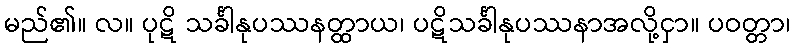
မည်၏။ လ။ ပုဋိ သင်္ခါနုပဿနတ္ထာယ၊ ပဋိသင်္ခါနုပဿနာအလို့ငှာ။ ပဝတ္တာ၊